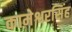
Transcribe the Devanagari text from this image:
कामेश्वरसिंह